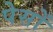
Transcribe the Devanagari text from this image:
पेसों